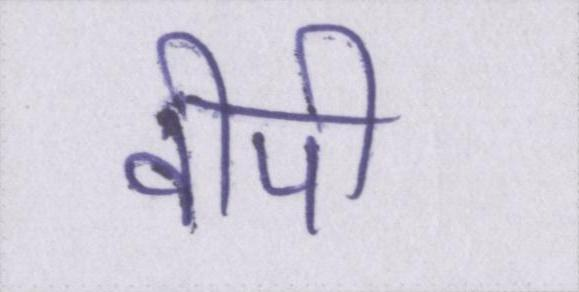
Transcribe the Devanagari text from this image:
वीपी